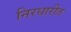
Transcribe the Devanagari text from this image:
निरधारीत